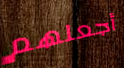
أجعلهم